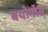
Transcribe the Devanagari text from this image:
बयोगॉस